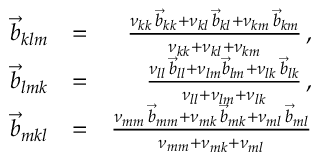
\begin{array} { r l r } { \vec { b } _ { k l m } } & { = } & { \frac { \nu _ { k k } \, \vec { b } _ { k k } + \nu _ { k l } \, \vec { b } _ { k l } + \nu _ { k m } \, \vec { b } _ { k m } } { \nu _ { k k } + \nu _ { k l } + \nu _ { k m } } \, , } \\ { \vec { b } _ { l m k } } & { = } & { \frac { \nu _ { l l } \, \vec { b } _ { l l } + \nu _ { l m } \vec { b } _ { l m } + \nu _ { l k } \, \vec { b } _ { l k } } { \nu _ { l l } + \nu _ { l m } + \nu _ { l k } } \, , } \\ { \vec { b } _ { m k l } } & { = } & { \frac { \nu _ { m m } \, \vec { b } _ { m m } + \nu _ { m k } \, \vec { b } _ { m k } + \nu _ { m l } \, \vec { b } _ { m l } } { \nu _ { m m } + \nu _ { m k } + \nu _ { m l } } } \end{array}